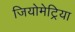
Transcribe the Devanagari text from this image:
जियोमेट्रिया